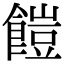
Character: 䭓